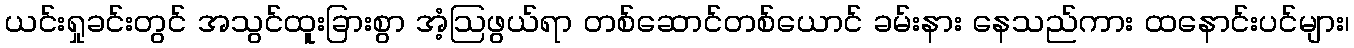
ယင်းရှုခင်းတွင် အသွင်ထူးခြားစွာ အံ့ဩဖွယ်ရာ တစ်ဆောင်တစ်ယောင် ခမ်းနား နေသည်ကား ထနောင်းပင်များ၊